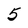
Character: 5